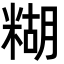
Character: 糊